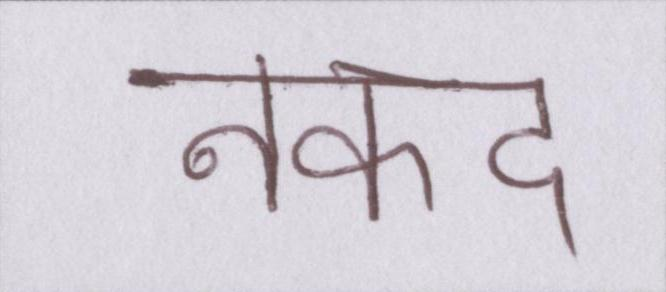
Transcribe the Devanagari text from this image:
नकद